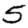
Digit: 5